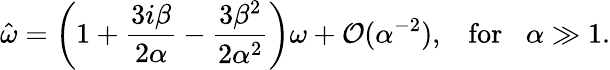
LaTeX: \hat{\omega}=\left(1+\frac{3i\beta}{2\alpha}-\frac{3\beta^{2}}{2\alpha^{2}}\right)\omega+\mathcal O(\alpha^{-2}),\; \; \; \mathrm{for}\; \; \; \alpha\gg 1.